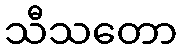
သီသတော